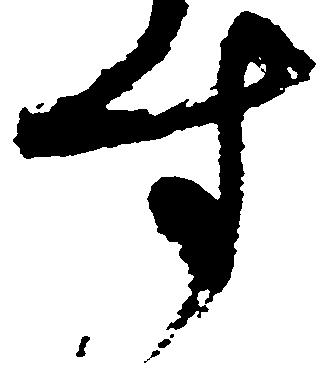
す